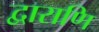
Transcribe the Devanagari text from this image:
द्वाराणि